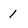
Character: 1